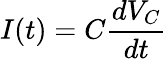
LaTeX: I(t)=C\frac{dV_{C}}{dt}